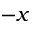
- x